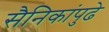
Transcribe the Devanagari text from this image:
सैनिकांपुढे